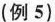
(例5)